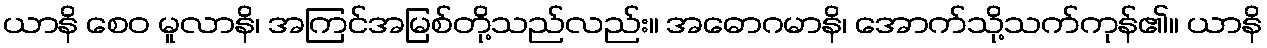
ယာနိ စေဝ မူလာနိ၊ အကြင်အမြစ်တို့သည်လည်း။ အဓောဂမာနိ၊ အောက်သို့သက်ကုန်၏။ ယာနိ